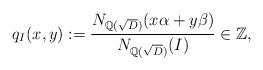
LaTeX: \begin{align*}q_{I}(x,y):=\frac{N_{\mathbb{Q}(\sqrt{D})}(x\alpha+y\beta)}{N_{\mathbb{Q}(\sqrt{D})}(I)}\in \mathbb{Z},\end{align*}